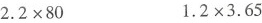
$$2 . 2 × 8 0$$$$ 1 . 2 × 3 . 6 5$$